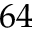
6 4